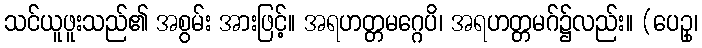
သင်ယူဖူးသည်၏ အစွမ်း အားဖြင့်။ အရဟတ္တမဂ္ဂေပိ၊ အရဟတ္တမဂ်၌လည်း။ (ပေဥှ၊